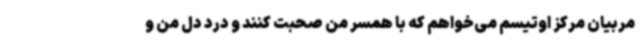
مربیان مرکز اوتیسم می‌خواهم که با همسر من صحبت کنند و درد دل من و